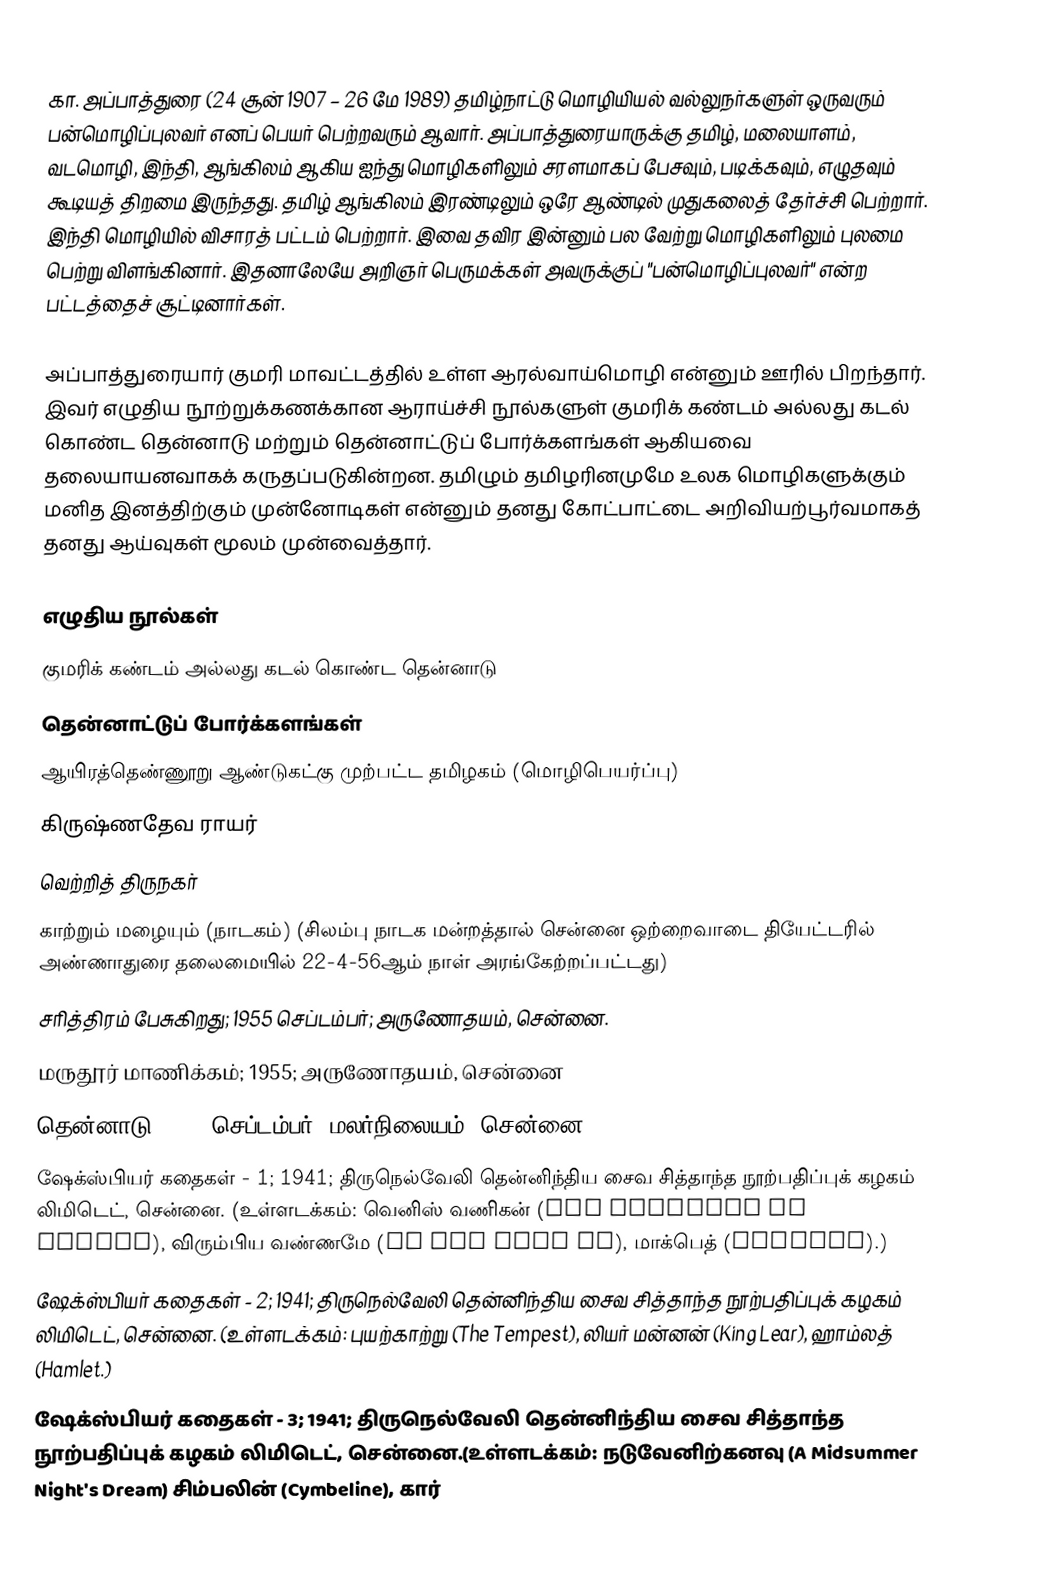
கா. அப்பாத்துரை (24 சூன் 1907 – 26 மே 1989) தமிழ்நாட்டு மொழியியல் வல்லுநர்களுள் ஒருவரும் பன்மொழிப்புலவர் எனப் பெயர் பெற்றவரும் ஆவார். அப்பாத்துரையாருக்கு தமிழ், மலையாளம், வடமொழி, இந்தி, ஆங்கிலம் ஆகிய ஐந்து மொழிகளிலும் சரளமாகப் பேசவும், படிக்கவும், எழுதவும் கூடியத் திறமை இருந்தது. தமிழ் ஆங்கிலம் இரண்டிலும் ஒரே ஆண்டில் முதுகலைத் தேர்ச்சி பெற்றார். இந்தி மொழியில் விசாரத் பட்டம் பெற்றார். இவை தவிர இன்னும் பல வேற்று மொழிகளிலும் புலமை பெற்று விளங்கினார். இதனாலேயே அறிஞர் பெருமக்கள் அவருக்குப் "பன்மொழிப்புலவர்" என்ற பட்டத்தைச் சூட்டினார்கள்.

அப்பாத்துரையார் குமரி மாவட்டத்தில் உள்ள ஆரல்வாய்மொழி என்னும் ஊரில் பிறந்தார். இவர் எழுதிய நூற்றுக்கணக்கான ஆராய்ச்சி நூல்களுள் குமரிக் கண்டம் அல்லது கடல் கொண்ட தென்னாடு மற்றும் தென்னாட்டுப் போர்க்களங்கள் ஆகியவை தலையாயனவாகக் கருதப்படுகின்றன. தமிழும் தமிழரினமுமே உலக மொழிகளுக்கும் மனித இனத்திற்கும் முன்னோடிகள் என்னும் தனது கோட்பாட்டை அறிவியற்பூர்வமாகத் தனது ஆய்வுகள் மூலம் முன்வைத்தார்.

எழுதிய நூல்கள்
 குமரிக் கண்டம் அல்லது கடல் கொண்ட தென்னாடு
 தென்னாட்டுப் போர்க்களங்கள்
 ஆயிரத்தெண்ணூறு ஆண்டுகட்கு முற்பட்ட தமிழகம் (மொழிபெயர்ப்பு)
 கிருஷ்ணதேவ ராயர்
 வெற்றித் திருநகர்
 காற்றும் மழையும் (நாடகம்) (சிலம்பு நாடக மன்றத்தால் சென்னை ஒற்றைவாடை தியேட்டரில் அண்ணாதுரை தலைமையில் 22-4-56ஆம் நாள் அரங்கேற்றப்பட்டது)
 சரித்திரம் பேசுகிறது; 1955 செப்டம்பர்; அருணோதயம், சென்னை.
 மருதூர் மாணிக்கம்; 1955; அருணோதயம், சென்னை
 தென்னாடு, 1954 செப்டம்பர், மலர்நிலையம், சென்னை.
 ஷேக்ஸ்பியர் கதைகள் - 1; 1941; திருநெல்வேலி தென்னிந்திய சைவ சித்தாந்த நூற்பதிப்புக் கழகம் லிமிடெட், சென்னை.  (உள்ளடக்கம்: வெனிஸ் வணிகன் (The Merchant of Venice), விரும்பிய வண்ணமே (As You Like It), மாக்பெத் (Macbeth).)
 ஷேக்ஸ்பியர் கதைகள் - 2; 1941; திருநெல்வேலி தென்னிந்திய சைவ சித்தாந்த நூற்பதிப்புக் கழகம் லிமிடெட், சென்னை. (உள்ளடக்கம்:  புயற்காற்று (The Tempest), லியர் மன்னன் (King Lear), ஹாம்லத் (Hamlet.)
 ஷேக்ஸ்பியர் கதைகள் - 3; 1941; திருநெல்வேலி தென்னிந்திய சைவ சித்தாந்த நூற்பதிப்புக் கழகம் லிமிடெட், சென்னை.(உள்ளடக்கம்: நடுவேனிற்கனவு (A Midsummer Night's Dream) சிம்பலின் (Cymbeline), கார்